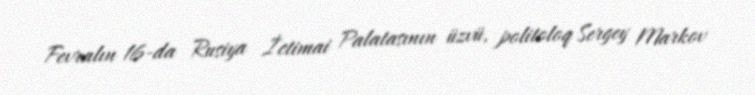
Fevralın 16-da Rusiya İctimai Palatasının üzvü, politoloq Sergey Markov